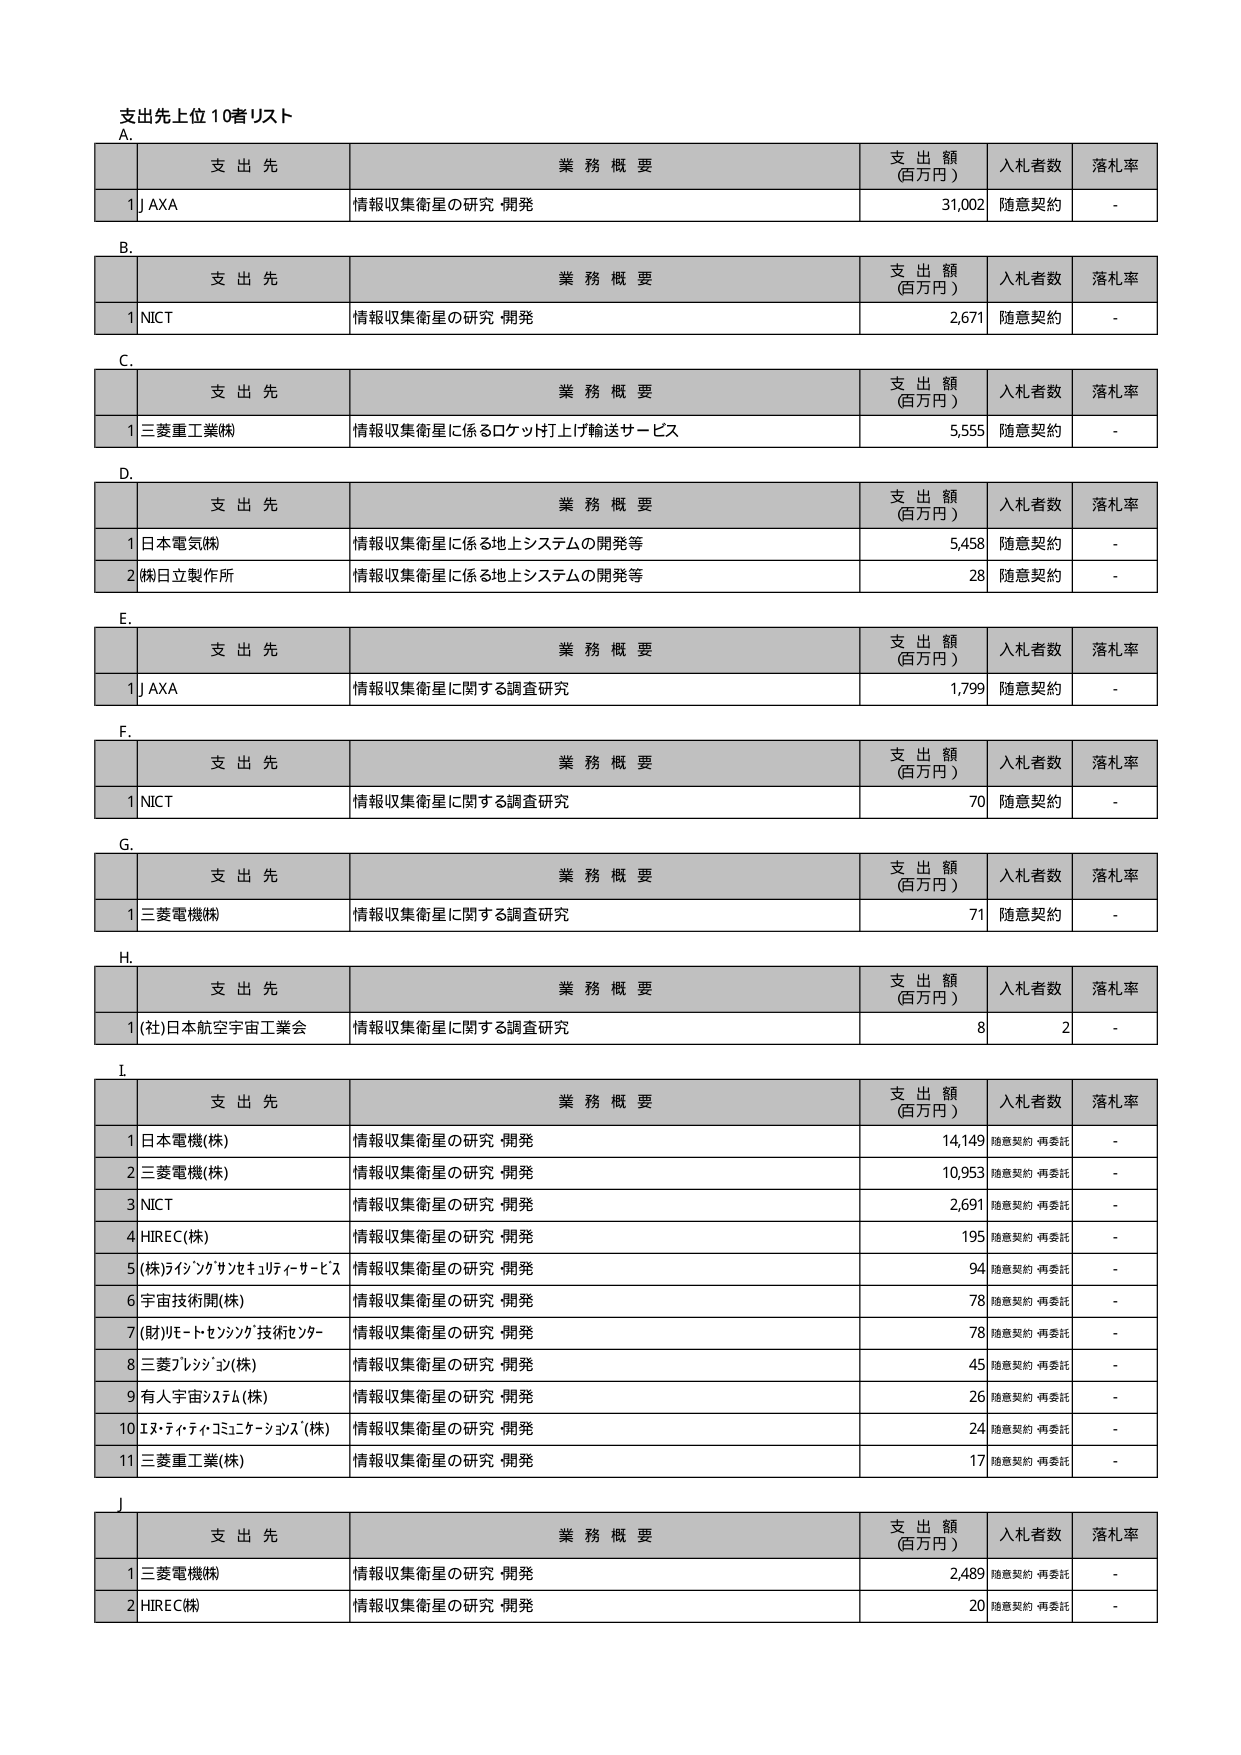
支出先上位10者リスト
A.
支 出 先 業 務 概 要 支 出 額 (百万円) 入札者数 落札率
1 JAXA 情報収集衛星の研究・開発 31,002 随意契約 -

B.
支 出 先 業 務 概 要 支 出 額 (百万円) 入札者数 落札率
1 NICT 情報収集衛星の研究・開発 2,671 随意契約 -

C.
支 出 先 業 務 概 要 支 出 額 (百万円) 入札者数 落札率
1 三菱重工業(株) 情報収集衛星に係るロケット打上げ輸送サービス 5,555 随意契約 -

D.
支 出 先 業 務 概 要 支 出 額 (百万円) 入札者数 落札率
1 日本電気(株) 情報収集衛星に係る地上システムの開発等 5,458 随意契約 -
2 (株)日立製作所 情報収集衛星に係る地上システムの開発等 28 随意契約 -

E.
支 出 先 業 務 概 要 支 出 額 (百万円) 入札者数 落札率
1 JAXA 情報収集衛星に関する調査研究 1,799 随意契約 -

F.
支 出 先 業 務 概 要 支 出 額 (百万円) 入札者数 落札率
1 NICT 情報収集衛星に関する調査研究 70 随意契約 -

G.
支 出 先 業 務 概 要 支 出 額 (百万円) 入札者数 落札率
1 三菱電機(株) 情報収集衛星に関する調査研究 71 随意契約 -

H.
支 出 先 業 務 概 要 支 出 額 (百万円) 入札者数 落札率
1 (社)日本航空宇宙工業会 情報収集衛星に関する調査研究 8 2 -

I.
支 出 先 業 務 概 要 支 出 額 (百万円) 入札者数 落札率
1 日本電機(株) 情報収集衛星の研究・開発 14,149 随意契約・再委託 -
2 三菱電機(株) 情報収集衛星の研究・開発 10,953 随意契約・再委託 -
3 NICT 情報収集衛星の研究・開発 2,691 随意契約・再委託 -
4 HIREC(株) 情報収集衛星の研究・開発 195 随意契約・再委託 -
5 (株)ライジングサテライトサービス 情報収集衛星の研究・開発 94 随意契約・再委託 -
6 宇宙技術開(株) 情報収集衛星の研究・開発 78 随意契約・再委託 -
7 (財)リモートセンシング技術センター 情報収集衛星の研究・開発 78 随意契約・再委託 -
8 三菱プレシジョン(株) 情報収集衛星の研究・開発 45 随意契約・再委託 -
9 有人宇宙システム(株) 情報収集衛星の研究・開発 26 随意契約・再委託 -
10 エヌ・ティ・ティ・コミュニケーションズ(株) 情報収集衛星の研究・開発 24 随意契約・再委託 -
11 三菱重工業(株) 情報収集衛星の研究・開発 17 随意契約・再委託 -

J.
支 出 先 業 務 概 要 支 出 額 (百万円) 入札者数 落札率
1 三菱電機(株) 情報収集衛星の研究・開発 2,489 随意契約・再委託 -
2 HIREC(株) 情報収集衛星の研究・開発 20 随意契約・再委託 -